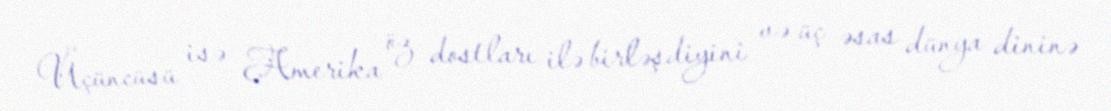
Üçüncüsü isə Amerika öz dostları ilə birləşdiyini və üç əsas dünya dininə